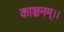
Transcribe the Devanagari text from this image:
काञ्चनम्।।